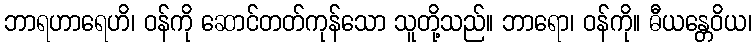
ဘာရဟာရေဟိ၊ ဝန်ကို ဆောင်တတ်ကုန်သော သူတို့သည်။ ဘာရော၊ ဝန်ကို။ ဓီယန္တေဝိယ၊